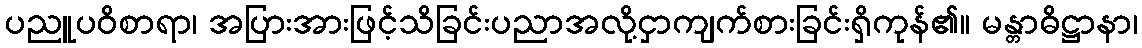
ပညူပဝိစာရာ၊ အပြားအားဖြင့်သိခြင်းပညာအလို့ငှာကျက်စားခြင်းရှိကုန်၏။ မန္တာဓိဋ္ဌာနာ၊